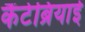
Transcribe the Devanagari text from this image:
कैंटेब्रियाई